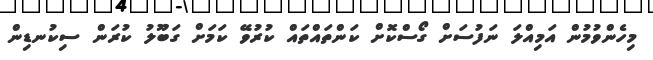
މިހެންވުމުން އަމިއްލަ ނަފުސަށް ގޯސްކޮށް ކަންތައްތައް ކުރުވޭ ކަމަށް ގަބޫލު ކުރަން ސިކުނޑިން